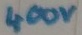
Text: 400V